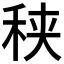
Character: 𥞦